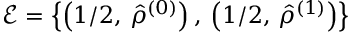
\mathcal { E } = \left\{ \left( 1 / 2 , \, \hat { \rho } ^ { ( 0 ) } \right) , \: \left( 1 / 2 , \, \hat { \rho } ^ { ( 1 ) } \right) \right\}